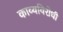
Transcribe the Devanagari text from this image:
काव्यविरोधी